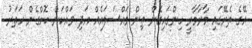
އޭގެ ތެރޭގައި މާރާމާރީ ހިންގައިގެން ތިން މައްސަލައެއް އަދި ވައްކަން ކޮށްގެން ހަތަރު